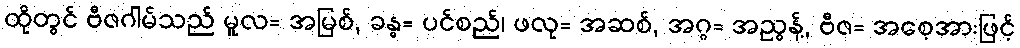
ထိုတွင် ဗီဇဂါမ်သည် မူလ= အမြစ်, ခန္ဓ= ပင်စည်၊ ဖလု= အဆစ်, အဂ္ဂ= အညွန့်, ဗီဇ= အစေ့အားဖြင့်